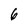
Character: 6